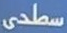
سطحى